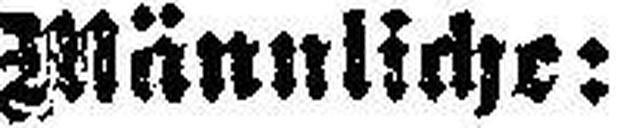
Männliche: